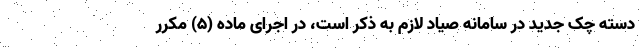
دسته ‌چک جدید در سامانه صیاد لازم به ذکر است، در اجرای ماده (5) مکرر